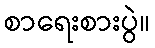
စာရေးစားပွဲ။